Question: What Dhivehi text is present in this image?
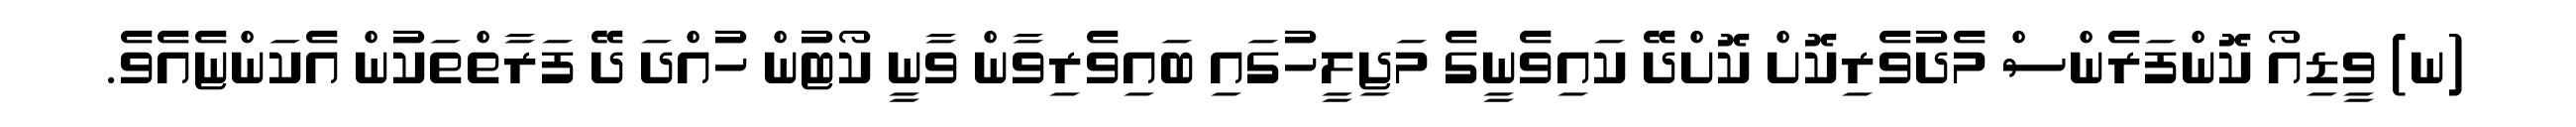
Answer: (ނ) ވީޑިއޯ ކޮންފަރެންސް މެދުވެރިކޮށް ކޮށްދޭ ކައިވެނީގެ މަޖިލީހުގައި ބައިވެރިވާން ވާނީ ކޯޓުން ހުއްދަ ދޭ ފަރާތްތަކުން އެކަންޏެއެވެ.